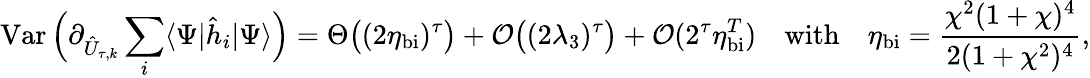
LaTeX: \operatorname{Var}\Big(\partial_{\hat{U}_{\tau,k}}\sum_{i}\langle\Psi|\hat{h}_{i}|\Psi\rangle\Big)=\Theta\big((2\eta_{\mathrm{bi}})^{\tau}\big)+\mathcal{O}\big((2\lambda_{3})^{\tau}\big)+\mathcal{O}(2^{\tau}\eta_{\mathrm{bi}}^{T})\quad\mathrm{with}\quad\eta_{\mathrm{bi}}=\frac{\chi^{2}(1+\chi)^{4}}{2(1+\chi^{2})^{4}},